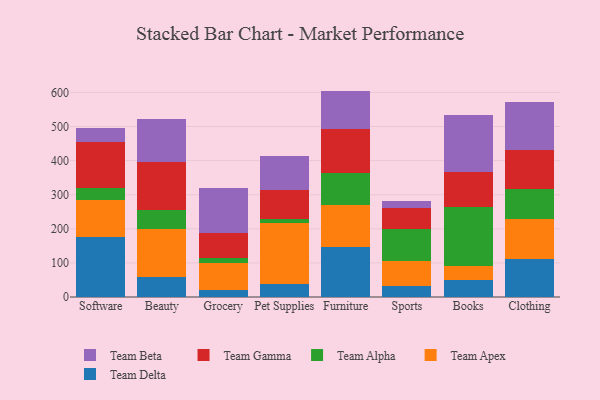
{"axis": {"x": "Category", "y": "Active Users"}, "legend": ["Team Alpha", "Team Apex", "Team Beta", "Team Delta", "Team Gamma"], "data": [{"x": "Software", "y": 174.6, "type": "Team Delta"}, {"x": "Software", "y": 109.9, "type": "Team Apex"}, {"x": "Software", "y": 33.8, "type": "Team Alpha"}, {"x": "Software", "y": 136.9, "type": "Team Gamma"}, {"x": "Software", "y": 40.5, "type": "Team Beta"}, {"x": "Beauty", "y": 59.5, "type": "Team Delta"}, {"x": "Beauty", "y": 139.5, "type": "Team Apex"}, {"x": "Beauty", "y": 57.1, "type": "Team Alpha"}, {"x": "Beauty", "y": 140.8, "type": "Team Gamma"}, {"x": "Beauty", "y": 126.7, "type": "Team Beta"}, {"x": "Grocery", "y": 21.6, "type": "Team Delta"}, {"x": "Grocery", "y": 79.2, "type": "Team Apex"}, {"x": "Grocery", "y": 14.3, "type": "Team Alpha"}, {"x": "Grocery", "y": 72.5, "type": "Team Gamma"}, {"x": "Grocery", "y": 133.5, "type": "Team Beta"}, {"x": "Pet Supplies", "y": 37.6, "type": "Team Delta"}, {"x": "Pet Supplies", "y": 178.2, "type": "Team Apex"}, {"x": "Pet Supplies", "y": 13.3, "type": "Team Alpha"}, {"x": "Pet Supplies", "y": 84.9, "type": "Team Gamma"}, {"x": "Pet Supplies", "y": 98.7, "type": "Team Beta"}, {"x": "Furniture", "y": 147.2, "type": "Team Delta"}, {"x": "Furniture", "y": 123.5, "type": "Team Apex"}, {"x": "Furniture", "y": 93.3, "type": "Team Alpha"}, {"x": "Furniture", "y": 127.6, "type": "Team Gamma"}, {"x": "Furniture", "y": 113.1, "type": "Team Beta"}, {"x": "Sports", "y": 32.5, "type": "Team Delta"}, {"x": "Sports", "y": 72.8, "type": "Team Apex"}, {"x": "Sports", "y": 95.0, "type": "Team Alpha"}, {"x": "Sports", "y": 61.7, "type": "Team Gamma"}, {"x": "Sports", "y": 18.6, "type": "Team Beta"}, {"x": "Books", "y": 49.4, "type": "Team Delta"}, {"x": "Books", "y": 42.4, "type": "Team Apex"}, {"x": "Books", "y": 171.0, "type": "Team Alpha"}, {"x": "Books", "y": 104.2, "type": "Team Gamma"}, {"x": "Books", "y": 166.5, "type": "Team Beta"}, {"x": "Clothing", "y": 111.2, "type": "Team Delta"}, {"x": "Clothing", "y": 118.4, "type": "Team Apex"}, {"x": "Clothing", "y": 86.1, "type": "Team Alpha"}, {"x": "Clothing", "y": 114.7, "type": "Team Gamma"}, {"x": "Clothing", "y": 141.8, "type": "Team Beta"}]}